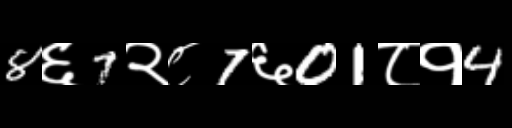
Text: 8६7२८7६01८१4